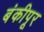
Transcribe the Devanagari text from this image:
बंकीपूर